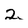
Character: 2